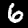
Label: 6